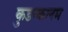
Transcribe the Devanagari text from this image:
कुडन्कलम